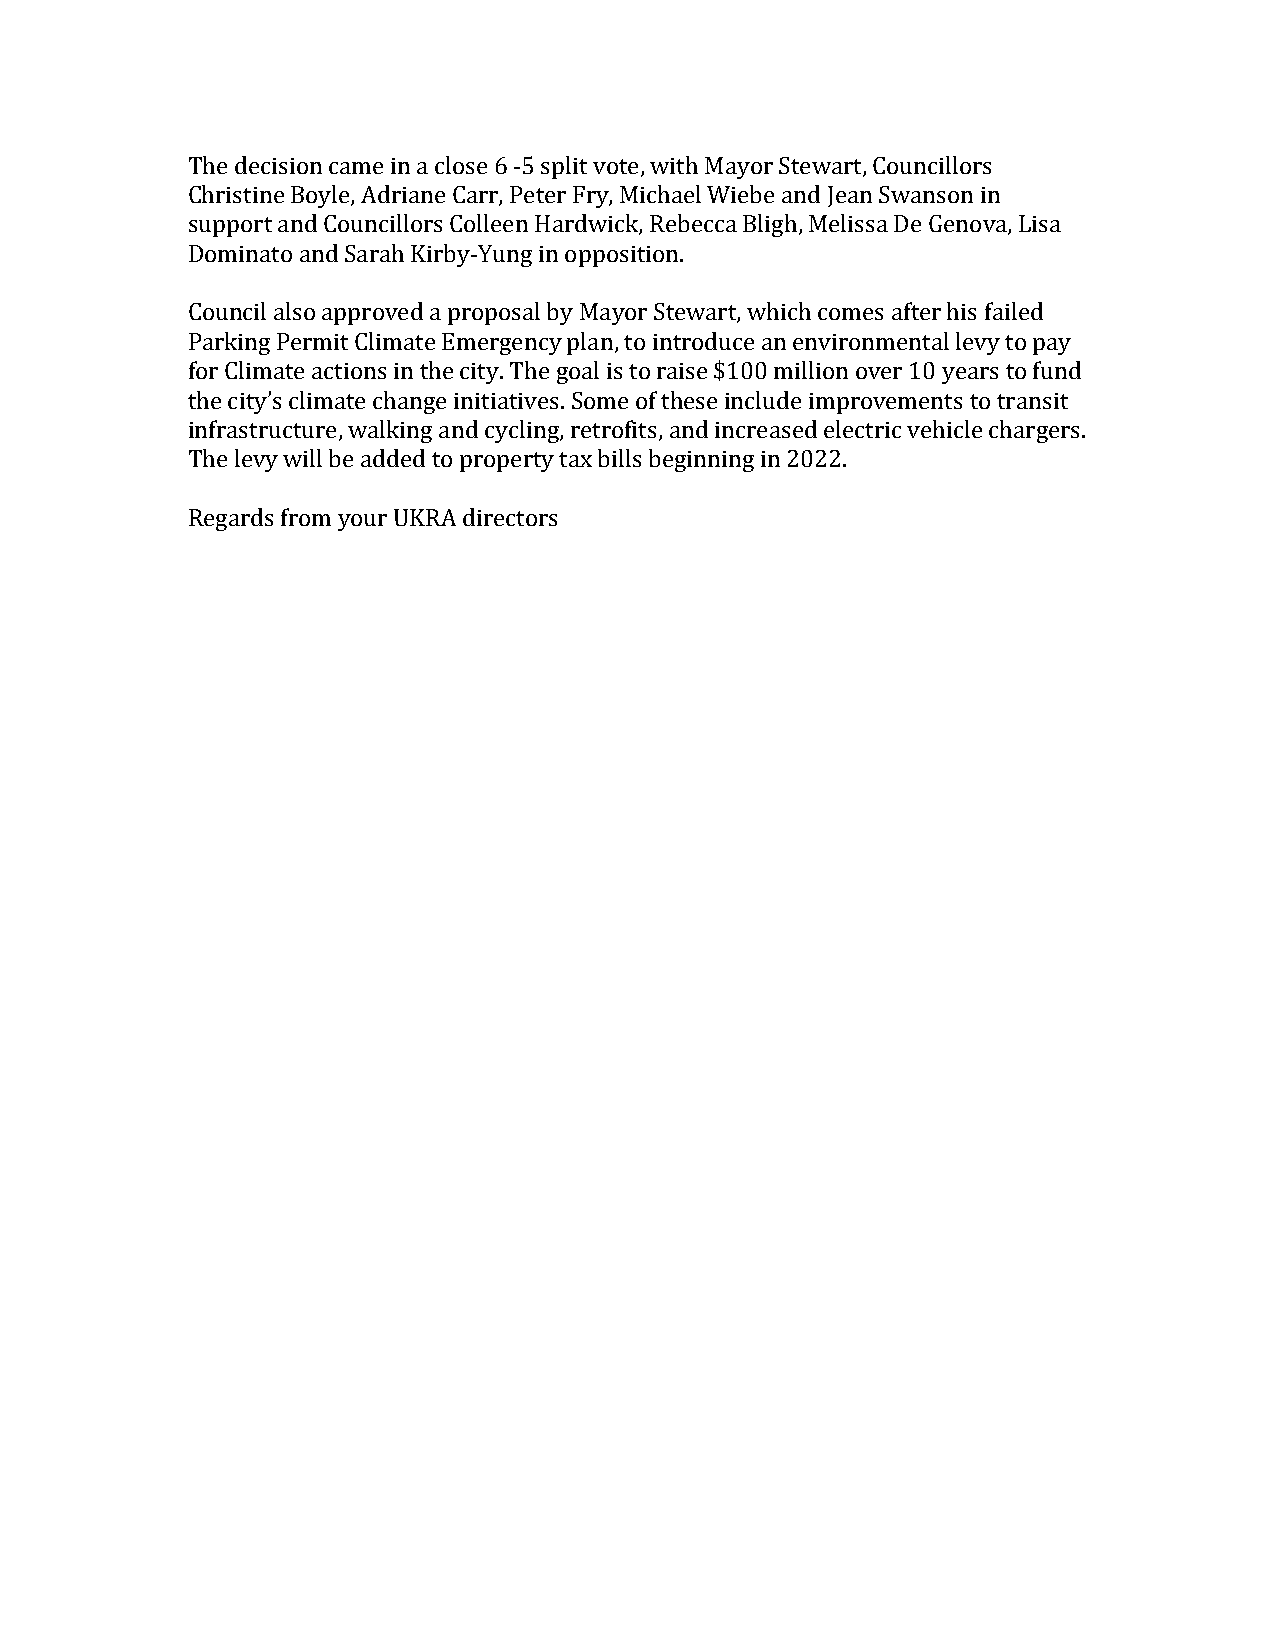
The decision came in a close 6 -5 split vote, with Mayor Stewart, Councillors
 Christine Boyle, Adriane Carr, Peter Fry, Michael Wiebe and Jean Swanson in
 support and Councillors Colleen Hardwick, Rebecca Bligh, Melissa De Genova, Lisa
 Dominato and Sarah Kirby-Yung in opposition.
 Council also approved a proposal by Mayor Stewart, which comes after his failed
 Parking Permit Climate Emergency plan, to introduce an environmental levy to pay
 for Climate actions in the city. The goal is to raise $100 million over 10 years to fund
 the city’s climate change initiatives. Some of these include improvements to transit
 infrastructure, walking and cycling, retrofits, and increased electric vehicle chargers.
 The levy will be added to property tax bills beginning in 2022.
 Regards from your UKRA directors